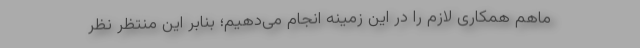
ماهم همکاری لازم را در این زمینه انجام می‌دهیم؛ بنابر این منتظر نظر